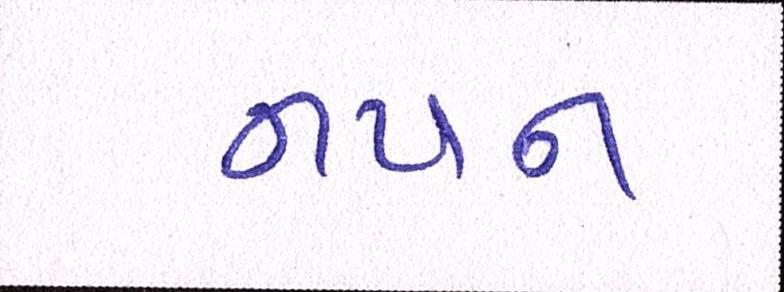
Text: નયન